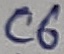
Text: C6